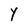
Character: Y